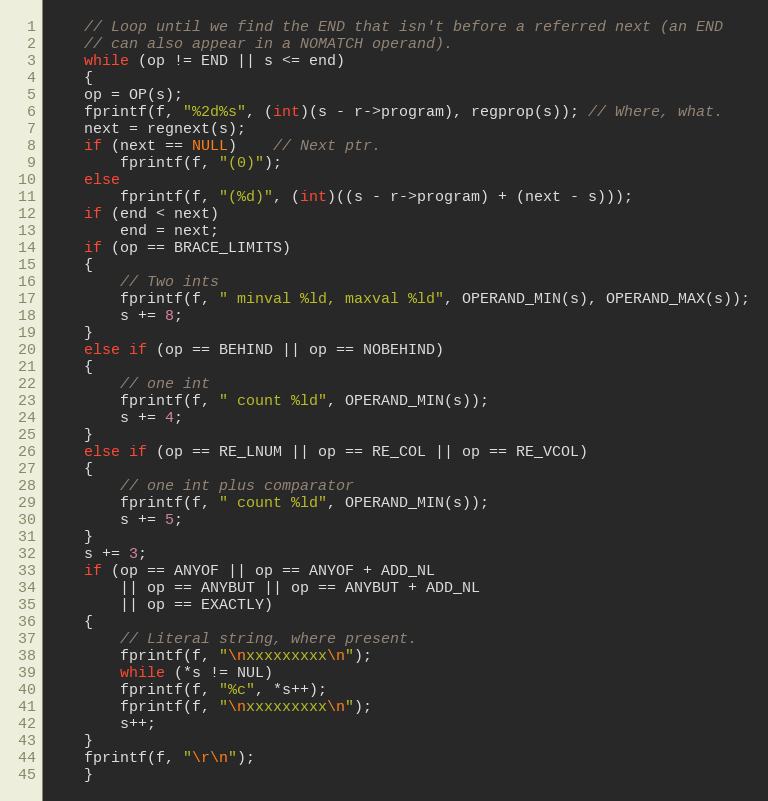
Language: C
    // Loop until we find the END that isn't before a referred next (an END
    // can also appear in a NOMATCH operand).
    while (op != END || s <= end)
    {
	op = OP(s);
	fprintf(f, "%2d%s", (int)(s - r->program), regprop(s)); // Where, what.
	next = regnext(s);
	if (next == NULL)	// Next ptr.
	    fprintf(f, "(0)");
	else
	    fprintf(f, "(%d)", (int)((s - r->program) + (next - s)));
	if (end < next)
	    end = next;
	if (op == BRACE_LIMITS)
	{
	    // Two ints
	    fprintf(f, " minval %ld, maxval %ld", OPERAND_MIN(s), OPERAND_MAX(s));
	    s += 8;
	}
	else if (op == BEHIND || op == NOBEHIND)
	{
	    // one int
	    fprintf(f, " count %ld", OPERAND_MIN(s));
	    s += 4;
	}
	else if (op == RE_LNUM || op == RE_COL || op == RE_VCOL)
	{
	    // one int plus comparator
	    fprintf(f, " count %ld", OPERAND_MIN(s));
	    s += 5;
	}
	s += 3;
	if (op == ANYOF || op == ANYOF + ADD_NL
		|| op == ANYBUT || op == ANYBUT + ADD_NL
		|| op == EXACTLY)
	{
	    // Literal string, where present.
	    fprintf(f, "\nxxxxxxxxx\n");
	    while (*s != NUL)
		fprintf(f, "%c", *s++);
	    fprintf(f, "\nxxxxxxxxx\n");
	    s++;
	}
	fprintf(f, "\r\n");
    }